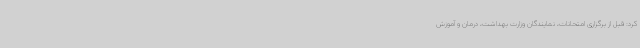
کرد: قبل از برگزاری امتحانات، نمایندگان وزارت بهداشت، درمان و آموزش